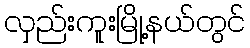
လှည်းကူးမြို့နယ်တွင်